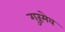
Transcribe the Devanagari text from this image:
गुरूमेव